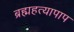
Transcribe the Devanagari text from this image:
ब्रह्महत्यापाप